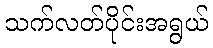
သက်လတ်ပိုင်းအရွယ်